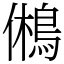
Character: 鵂